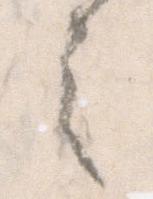
之